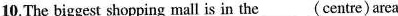
10.The biggest shopping mall is in the ___(centre)area